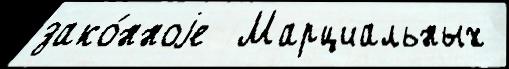
зако́нноjе  Марциальных